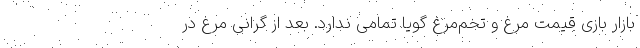
بازار بازی قیمت مرغ و تخم‌مرغ گویا تمامی ندارد. بعد از گرانی مرغ در